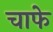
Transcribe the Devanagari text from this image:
चाफे